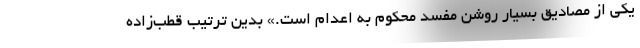
یکی از مصادیق بسیار روشن مفسد محکوم به اعدام است.» بدین ترتیب قطب‌زاده